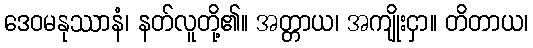
ဒေဝမနုဿာနံ၊ နတ်လူတို့၏။ အတ္တာယ၊ အကျိုးငှာ။ တိတာယ၊